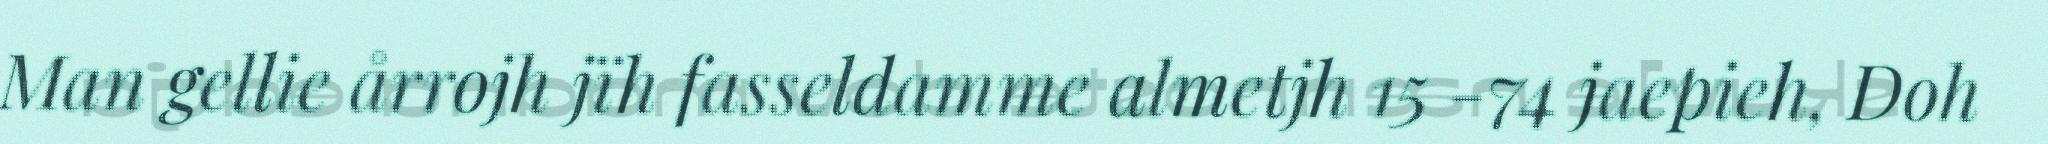
Man gellie årrojh jïh fasseldamme almetjh 15 -74 jaepieh, Doh